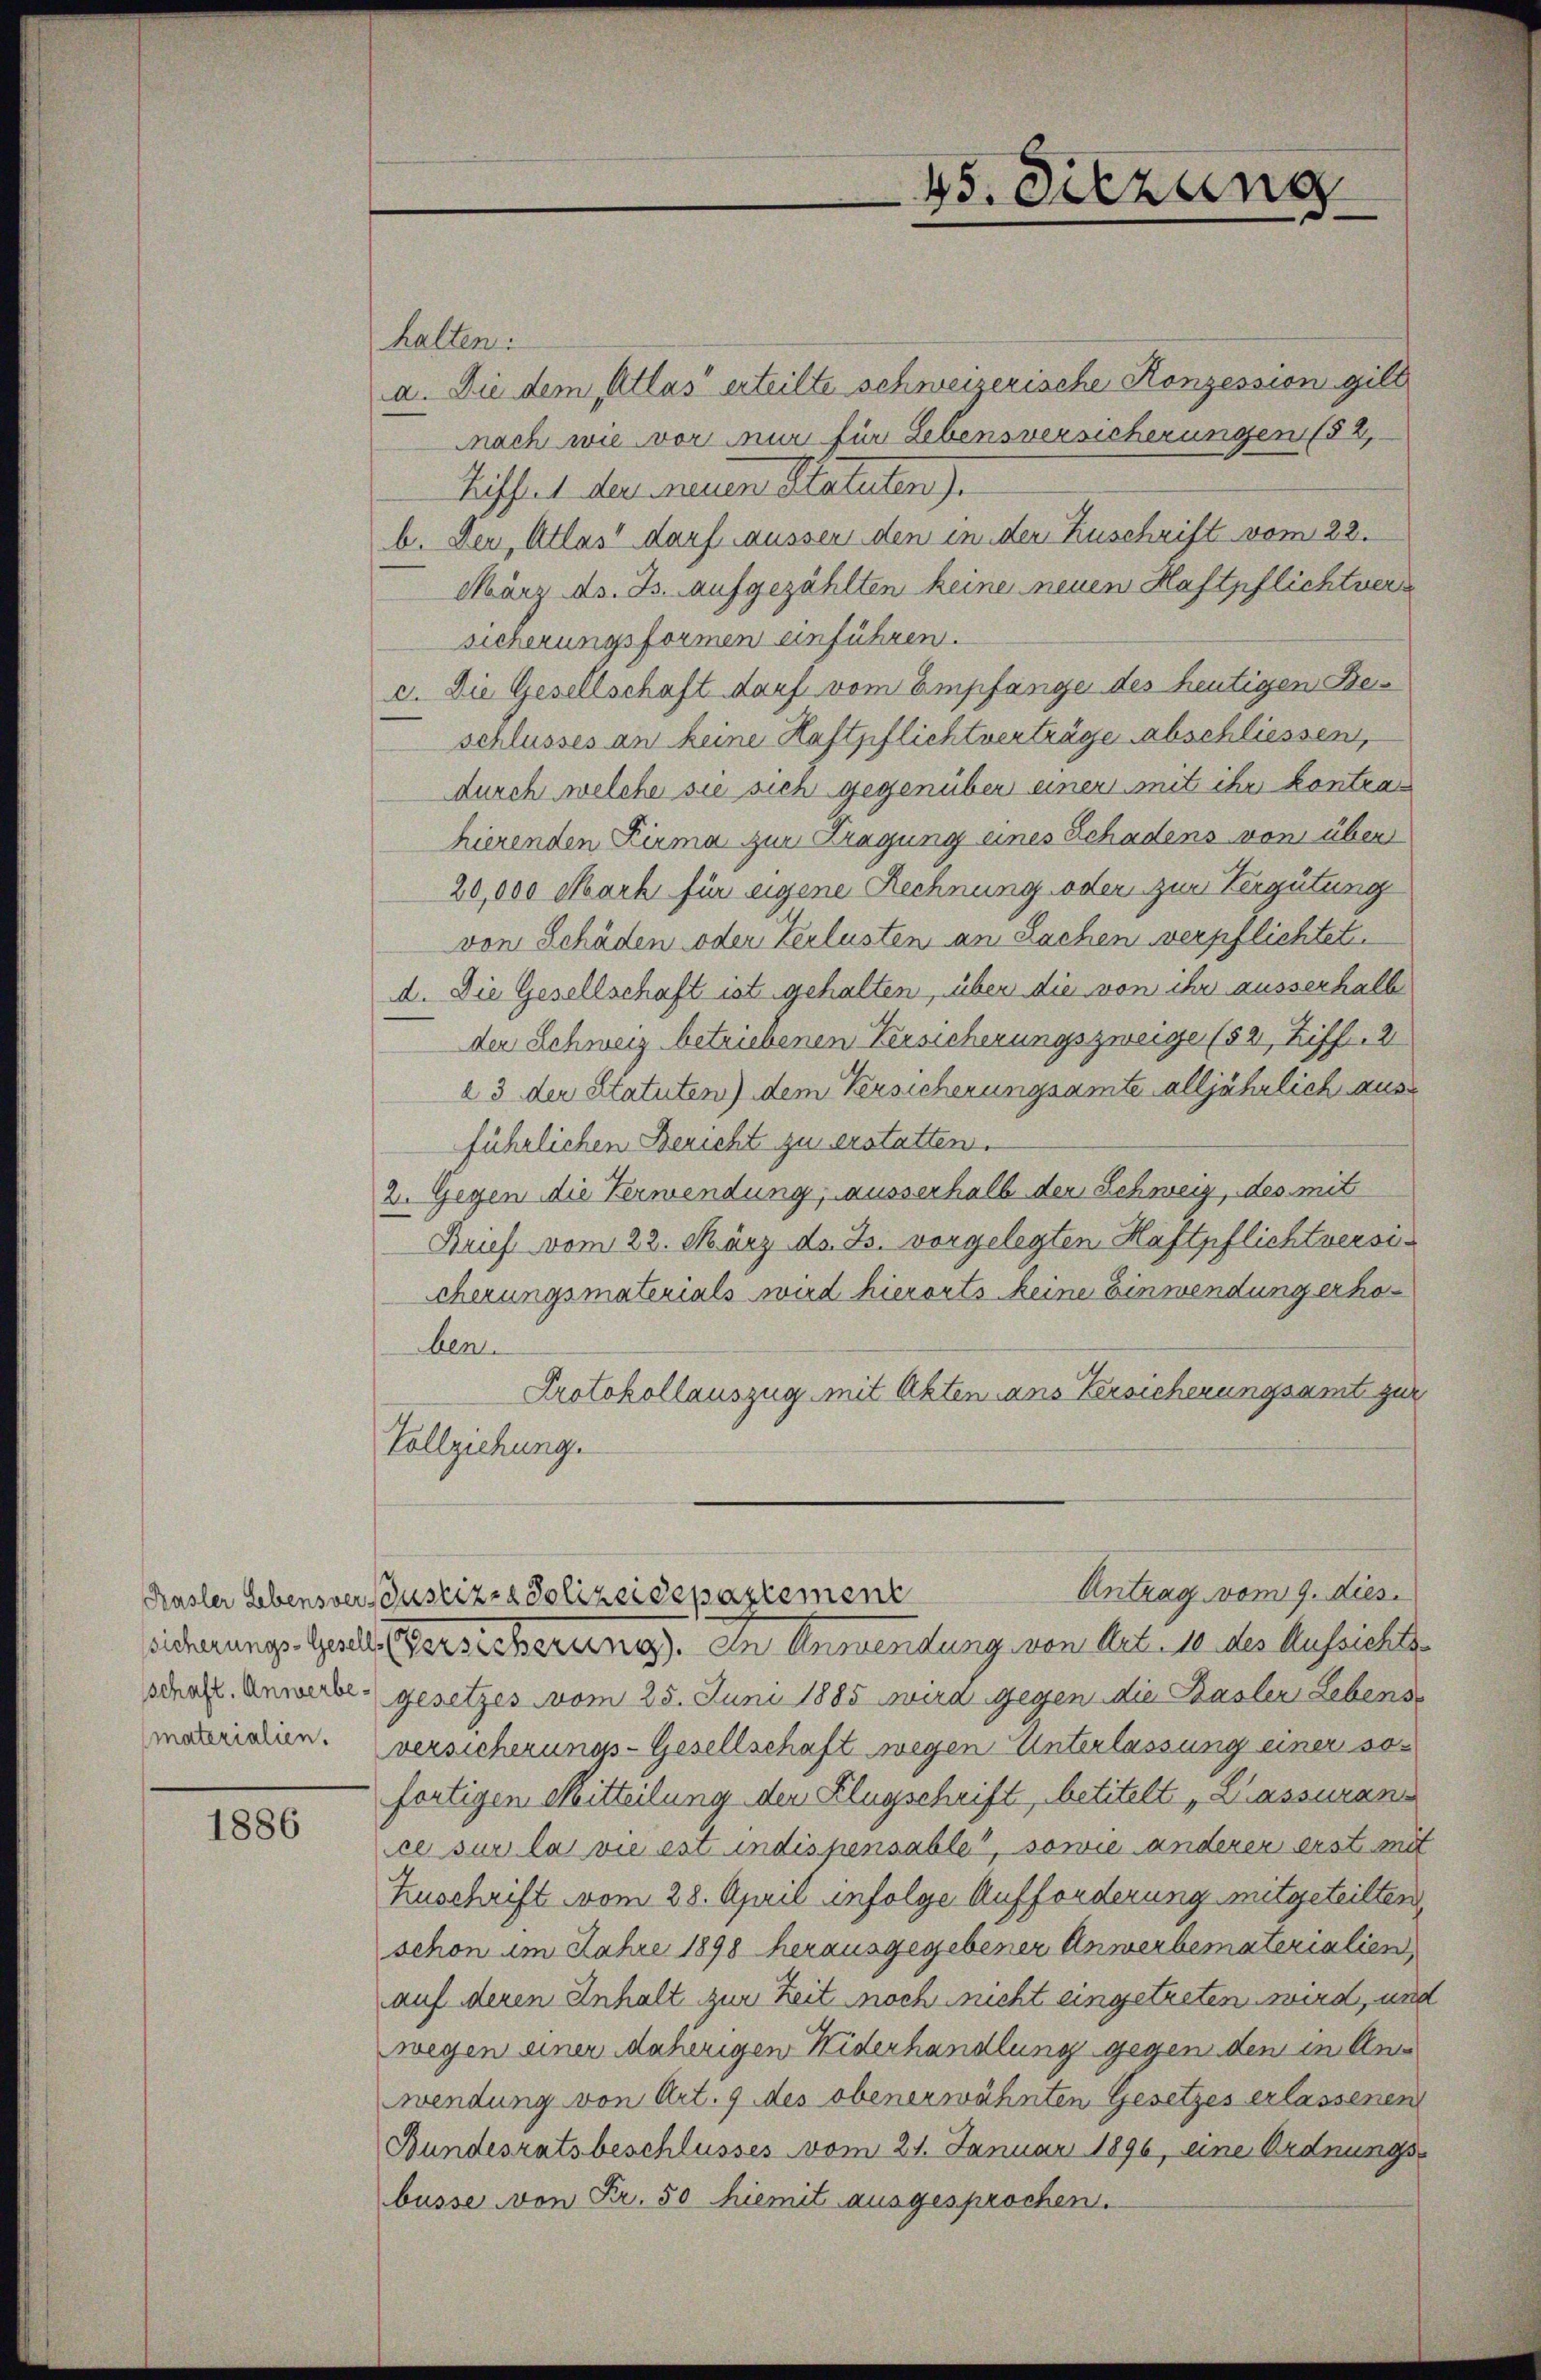
sschaft. Anwerbe

1886

halten.
a. Die dem Atlas erteilte schweizerische Konzession gilt
nach wie vor mir für Lebensversicherungen (52,
Richtet der neuen Statuten).
b. Der Atlast darf ausser den in der Zuschrift vom 22.
März ds. Js. aufgezählten keine neuen Haftpflichtversicherungsformen einführen.
e. Die Gesellschaft darf vom Empfänge des heutigen Beis
schlusses an keine Haftpflichtverträge abschliessen,
durch welche sie sich gegenüber einer mit ihr kontrahierenden Kirma zur Tragung eines Schadens von über
20,000 Mark für eigene Rechnung oder zur Vergütung
von Schäden oder Verlusten an Sachen verpflichtet.
d. Die Gesellschaft ist gehalten, über die von ihr ausserhalb
der Schweiz betriebenen Versicherungszweige (52, Ziff. 2
a 3 der Statuten) dem Versicherungsamte alljährlich aus
führlichen Bericht zu erstatten.
2. Gegen die Verwendung, ausserhalb der Schweiz, des mit
Brief vom 22. März d. Js. vorgelegten Haftpflichtversicherungsmaterials wird hierorts keine Einwendung erhoben.
Protokollauszug mit Akten ans Versicherungsamt zur
Vollziehung.
Antrag vom 9. dies
Kasler Lebensversaustiz- & Polizeidepartement
icherungs Zeit ersicherung). In Anwendung von Art. 10. des Aussichtsgesetzes vom 25. Juni 1885 wird gegen die Basler Lebens
materialien. versicherungs-Gesellschaft wegen Unterlassung einer sofertigen Mitteilung den Flugschrift, betitelt „Klassuran
ce sur la vie est indispensable, sowie anderer erst mit
Zuschrift vom 28. April infolge Aufforderung mitgeteilten,
schon im Jahre 1898 herausgegebener Anmerbematerialien
auf deren Inhalt zur Zeit noch nicht eingetreten wird, und
wegen einer daherigen Widerhandlung gegen den in An
wendung von Art. 9 des obenerwähnten Gesetzes erlassenen
Bundesratsbeschlusses vom 21. Januar 1896, eine Ordnungs-
busse von Fr. 50 hiemit ausgesprochen.

45. Sitzung